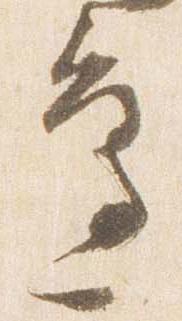
辺